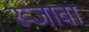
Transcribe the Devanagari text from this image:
ख्जावा